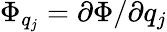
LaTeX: \Phi_{q_{j}}=\partial\Phi/\partial q_{j}